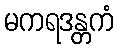
မကရဒန္တကံ